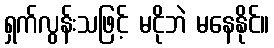
ရှက်လွန်းသဖြင့် မငိုဘဲ မနေနိုင်။